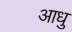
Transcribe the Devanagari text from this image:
आधु